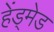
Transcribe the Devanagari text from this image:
हेंड्मेड